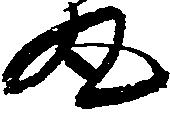
丸